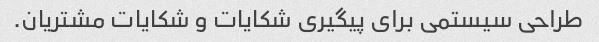
طراحی سیستمی برای پیگیری شکایات و شکایات مشتریان.